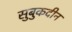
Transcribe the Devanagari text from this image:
सुबुकदीन